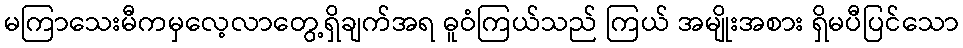
မကြာသေးမီကမှလေ့လာတွေ့ရှိချက်အရ ဓူဝံကြယ်သည် ကြယ် အမျိုးအစား ရှိမပီပြင်သော